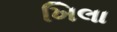
ખિલા